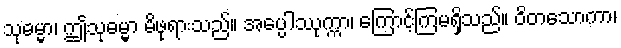
သုဓမ္မာ၊ ဤသုဓမ္မာ မိဖုရားသည်။ အပ္ပေါဿုက္ကာ၊ ကြောင့်ကြမရှိသည်။ ဝိတသောကာ၊